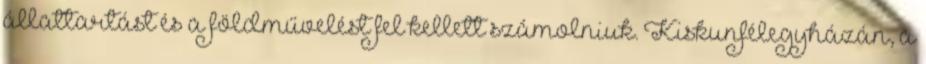
állattartást és a földművelést fel kellett számolniuk. Kiskunfélegyházán, a